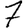
Digit: 7